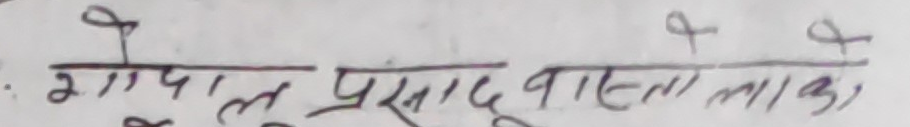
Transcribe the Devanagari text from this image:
गोपाल प्रसाद बाहना लाका,